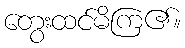
တွေးထင်မိကြ၏။